Leaving Certificate Examination, 1919, 1919
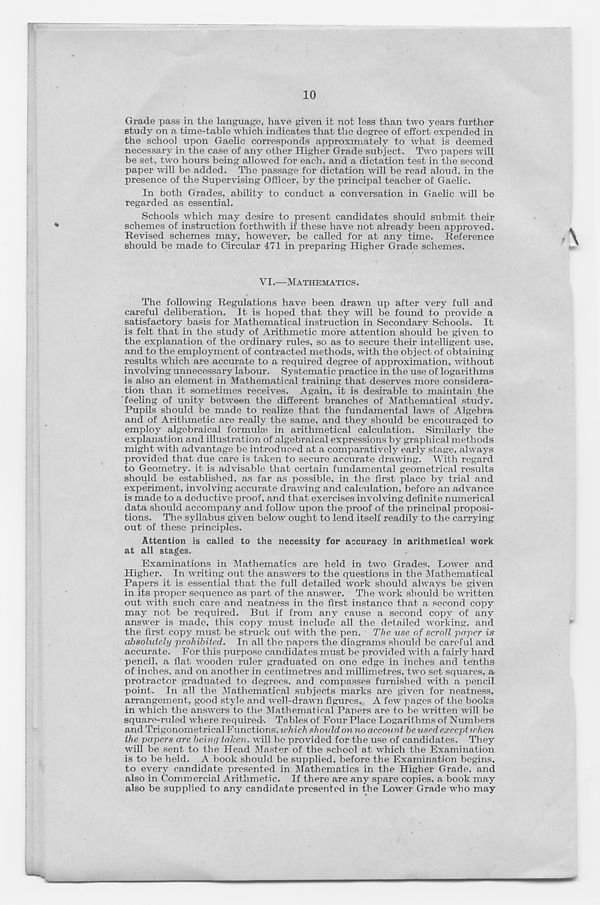
10
Grade pass in the language, have given it not less than two years further
study on a time-table which indicates that the degree of effort expended in
the school upon Gaelic corresponds approximately to what is deemed
necessary in the case of any other Higher Grade subject. Two papers will
be set, two hours being allowed for each, and a dictation test in the second
paper will be added. The passage for dictation will be read aloud, in the
presence of the Supervising Officer, by the principal teacher of Gaelic.
In both Grades, ability to conduct a conversation in Gaelic will be
regarded as essential.
Schools which may desire to present candidates should submit their
schemes of instruction forthwith if these have not already been approved.
Revised schemes may, however, be called for at any time. Reference
should be made to Circular 471 in preparing Higher Grade schemes.
VI.—MATHEMATICS.
The following Regulations have been drawn up after very full and
careful deliberation. It is hoped that they will be found to provide a
satisfactory basis for Mathematical instruction in Secondary Schools. It
is felt that in the study of Arithmetic more attention should be given to
the explanation of the ordinary rules, so as to secure their intelligent use,
and to the employment of contracted methods, with the object of obtaining
results which are accurate to a required degree of approximation, without
involving unnecessary labour. Systematic practice in the use of logarithms
is also an element in Mathematical training that deserves more considera-
tion than it sometimes receives. Again, it is desirable to maintain .the
feeling of unity between the different branches of Mathematical study.
Pupils should be made to realize that the fundamental laws of Algebra
and of Arithmetic are really the same, and they should be encouraged to
employ algebraical formulae in arithmetical calculation. Similarly the
explanation and illustration of algebraical expressions by graphical methods
might with advantage be introduced at a comparatively early stage, always
provided that due care is taken to secure accurate drawing. With regard
to Geometry, it is advisable that certain fundamental geometrical results
should be established, as far as possible, in the first place by trial and
experiment, involving accurate drawing and calculation, before an advance
is made to a deductive proof, and that exercises involving definite numerical
data should accompany and follow upon the proof of the principal proposi-
tions. The syllabus given below ought to lend itself readily to the carrying
out of these principles.
Attention is called to the necessity for accuracy in arithmetical work
at all stages.
Examinations in Mathematics are held in two Grades, Lower and
Higher. In writing out the answers to the questions in the Mathematical
Papers it is essential that the full detailed work should always be given
in its proper sequence as part of the answer. The work should be written
out with such care and neatness in the first instance that a second copy
may not be required. But if from any cause a second copy of any
answer is made, this copy must include all the detailed working, and
the first copy must be struck out with the pen. The use of scroll paper is
absolutely prohibited. In all the papers the diagrams should be careful and
accurate. For this purpose candidates must be provided with a fairly hard
pencil, a flat "wooden ruler graduated on one edge in inches and tenths
of inches, and on another in centimetres and millimetres, two set squares, a
protractor graduated to degrees, and compasses furnished with a pencil
point. In all the Mathematical subjects marks are given for neatness,
arrangement, good style and well-drawn figures. A few pages of the books
in which the answers to the Mathematical Papers are to be written will be
square-ruled where required-. Tables of Four Place Logarithms of Numbers
and Trigonometrical Functions, which should on no account be used except when
the papers are being taken, will be provided for the use of candidates. They
will be sent to the Head Master of the school at which the Examination
is to be held. A book should be supplied, before the Examination begins,
to every candidate presented in Mathematics in the Higher Grade, and
also in Commercial Arithmetic. If there are any spare copies, a book may
also be supplied to any candidate presented in the Lower Grade who may